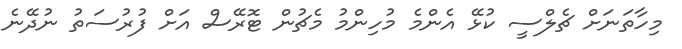
މިހާތަނަށް ޗެލްސީ ކުޅޭ އެންމެ މުހިންމު މެޗުން ޓޮރޭސް އަށް ފުރުސަތު ނުދޭނެ